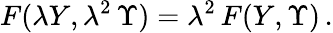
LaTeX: F(\lambda Y,\lambda^{2}\, \Upsilon)=\lambda^{2}\, F(Y,\Upsilon)\, .